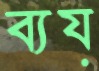
ব্যয়